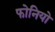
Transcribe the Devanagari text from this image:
फोनियो